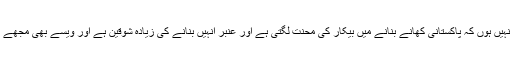
پاکستانی کھانا کھاتا رہتا ہوں مگر بناتا نہیں ہوں کہ پاکستانی کھانے بنانے میں بیکار کی محنت لگتی ہے اور عنبر انہیں بنانے کی زیادہ شوقین ہے اور ویسے بھی مجھے کھانے کے تجربے کرنے کا شوق ہے۔